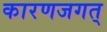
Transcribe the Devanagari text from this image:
कारणजगत्